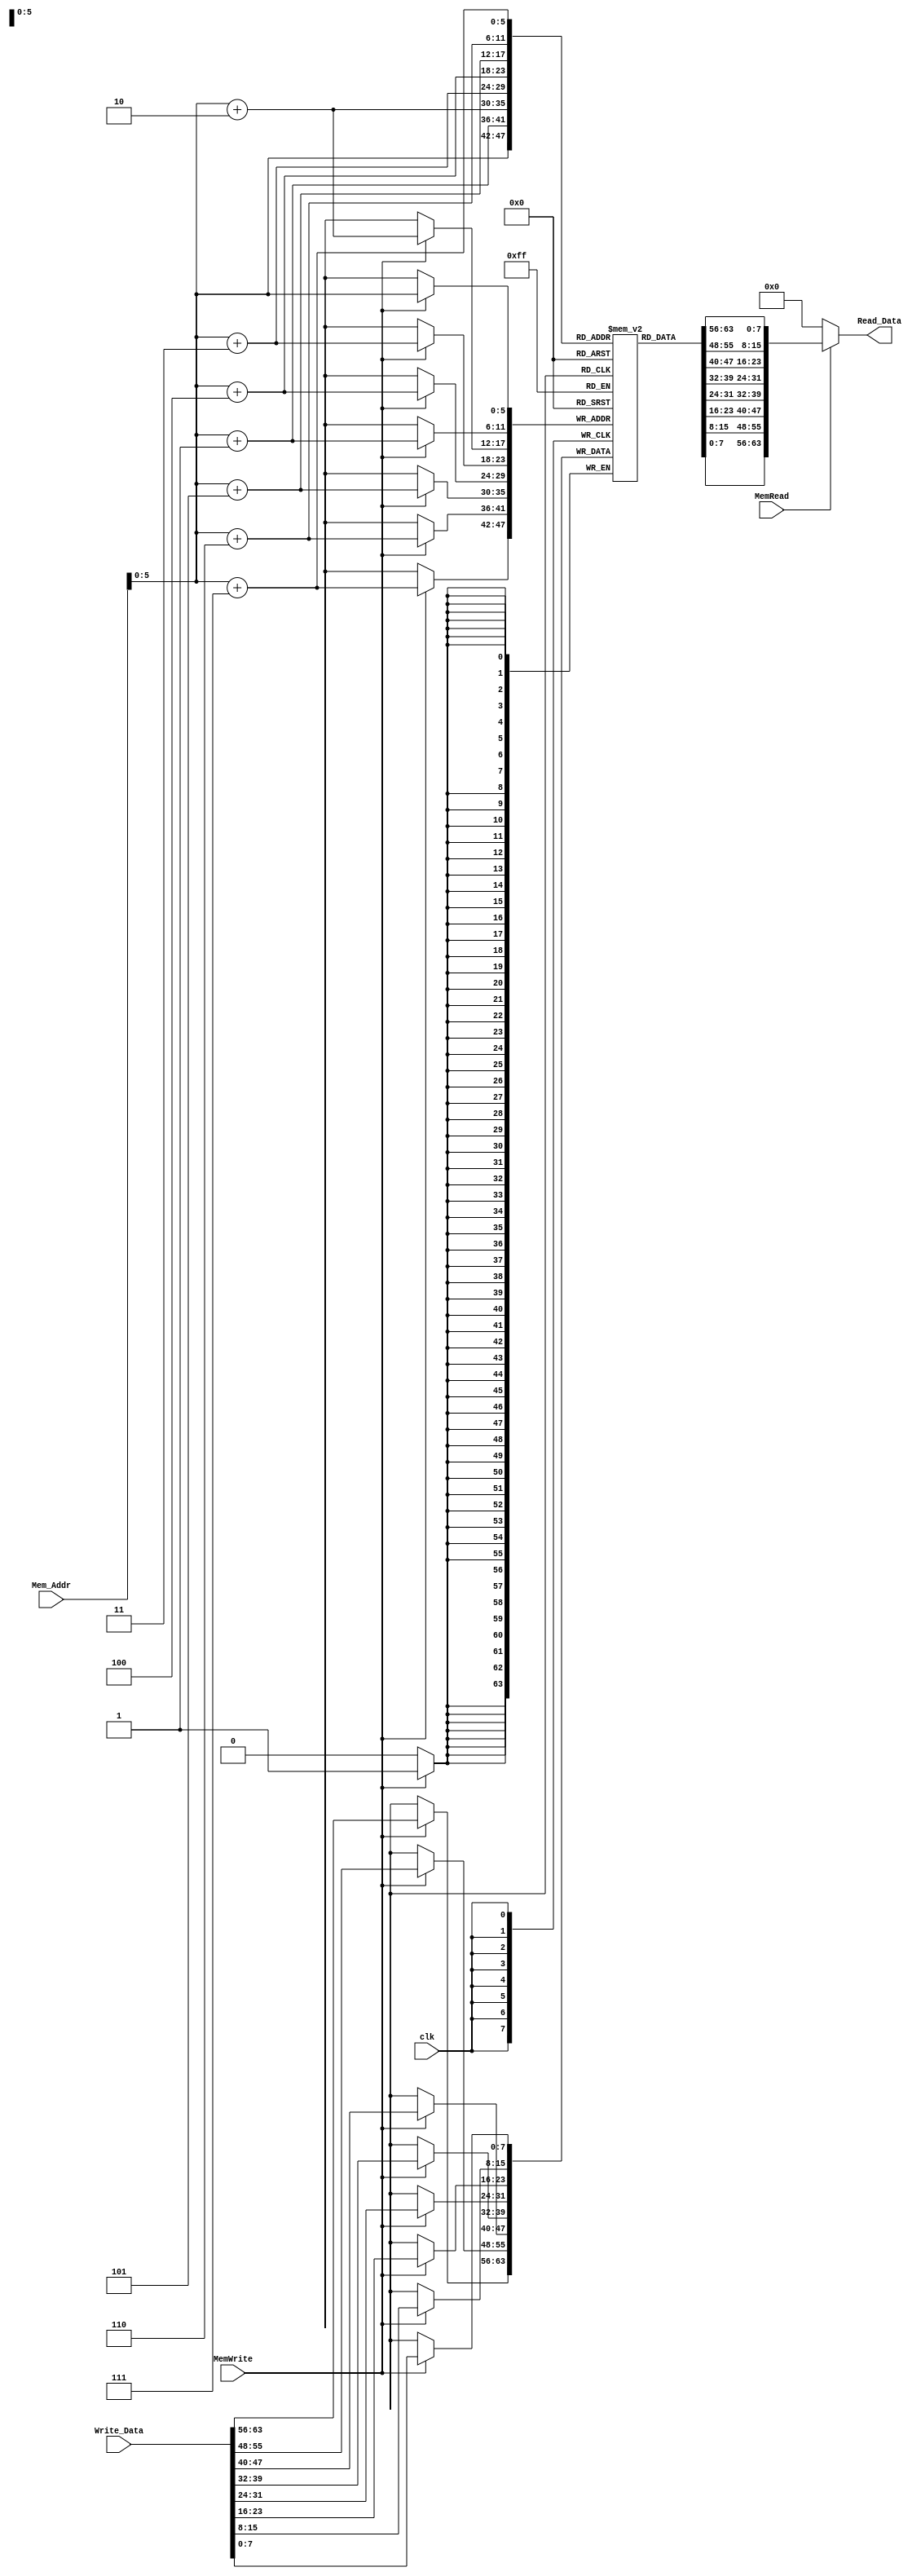
module Data_Memory(
  input [63:0] Mem_Addr, Write_Data,
  input clk, MemWrite, MemRead,
  output reg [63:0] Read_Data
);
  
  reg [7:0] Dmem [63:0];
  
  initial
    begin
      Dmem[0] = 8'h83;
      Dmem[1] = 8'h34;
      Dmem[2] = 8'h05;
      Dmem[3] = 8'h0F;
      Dmem[4] = 8'hB3;
      Dmem[5] = 8'h84;
      Dmem[6] = 8'h9A;
      Dmem[7] = 8'h00;
      Dmem[8] = 8'h93;
      Dmem[9] = 8'h84;
      Dmem[10] = 8'h14;
      Dmem[11] = 8'h00;
      Dmem[12] = 8'h23;
      Dmem[13] = 8'h38;
      Dmem[14] = 8'h95;
      Dmem[15] = 8'h0E;
      Dmem[16] = 8'h83;
      Dmem[17] = 8'h34;
      Dmem[18] = 8'h05;
      Dmem[19] = 8'h0F;
      Dmem[20] = 8'hB3;
      Dmem[21] = 8'h84;
      Dmem[22] = 8'h9A;
      Dmem[23] = 8'h00;
      Dmem[24] = 8'h93;
      Dmem[25] = 8'h84;
      Dmem[26] = 8'h14;
      Dmem[27] = 8'h00;
      Dmem[28] = 8'h23;
      Dmem[29] = 8'h38;
      Dmem[30] = 8'h95;
      Dmem[31] = 8'h0E;
      Dmem[32] = 8'h83;
      Dmem[33] = 8'h34;
      Dmem[34] = 8'h05;
      Dmem[35] = 8'h0F;
      Dmem[36] = 8'hB3;
      Dmem[37] = 8'h84;
      Dmem[38] = 8'h9A;
      Dmem[39] = 8'h00;
      Dmem[40] = 8'h93;
      Dmem[41] = 8'h84;
      Dmem[42] = 8'h14;
      Dmem[43] = 8'h00;
      Dmem[44] = 8'h23;
      Dmem[45] = 8'h38;
      Dmem[46] = 8'h95;
      Dmem[47] = 8'h0E;
      Dmem[48] = 8'h83;
      Dmem[49] = 8'h34;
      Dmem[50] = 8'h05;
      Dmem[51] = 8'h0F;
      Dmem[52] = 8'hB3;
      Dmem[53] = 8'h84;
      Dmem[54] = 8'h9A;
      Dmem[55] = 8'h00;
      Dmem[56] = 8'h93;
      Dmem[57] = 8'h84;
      Dmem[58] = 8'h14;
      Dmem[59] = 8'h00;
      Dmem[60] = 8'h23;
      Dmem[61] = 8'h38;
      Dmem[62] = 8'h95;
      Dmem[63] = 8'h0E;
    end
  
  always @ (posedge clk) begin
    if (MemWrite==1'b1) begin
      Dmem[Mem_Addr] <= Write_Data[7:0];
      Dmem[Mem_Addr+1] <= Write_Data[15:8];
      Dmem[Mem_Addr+2] <= Write_Data[23:16];
      Dmem[Mem_Addr+3] <= Write_Data[31:24];
      Dmem[Mem_Addr+4] <= Write_Data[39:32];
      Dmem[Mem_Addr+5] <= Write_Data[47:40];
      Dmem[Mem_Addr+6] <= Write_Data[55:48];
      Dmem[Mem_Addr+7] <= Write_Data[63:56];
    end
  end
  
  always @ (*) begin
    if (MemRead==1'b1) begin
      Read_Data = {Dmem[Mem_Addr+7],Dmem[Mem_Addr+6],Dmem[Mem_Addr+5],Dmem[Mem_Addr+4],Dmem[Mem_Addr+3],Dmem[Mem_Addr+2],Dmem[Mem_Addr+1],Dmem[Mem_Addr]};
    end
    else begin
      Read_Data=64'b0;
    end
  end
  
endmodule